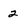
Character: 2